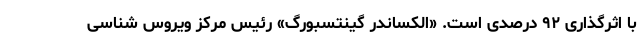
با اثرگذاری ۹۲ درصدی است. «الکساندر گینتسبورگ» رئیس مرکز ویروس شناسی